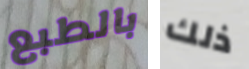
بالطبع ذلك